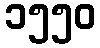
၁၅၅၀